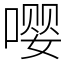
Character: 嘤